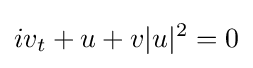
\displaystyle iv_{t}+u+v|u|^{2}=0